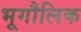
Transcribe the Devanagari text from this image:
भूगौलिक